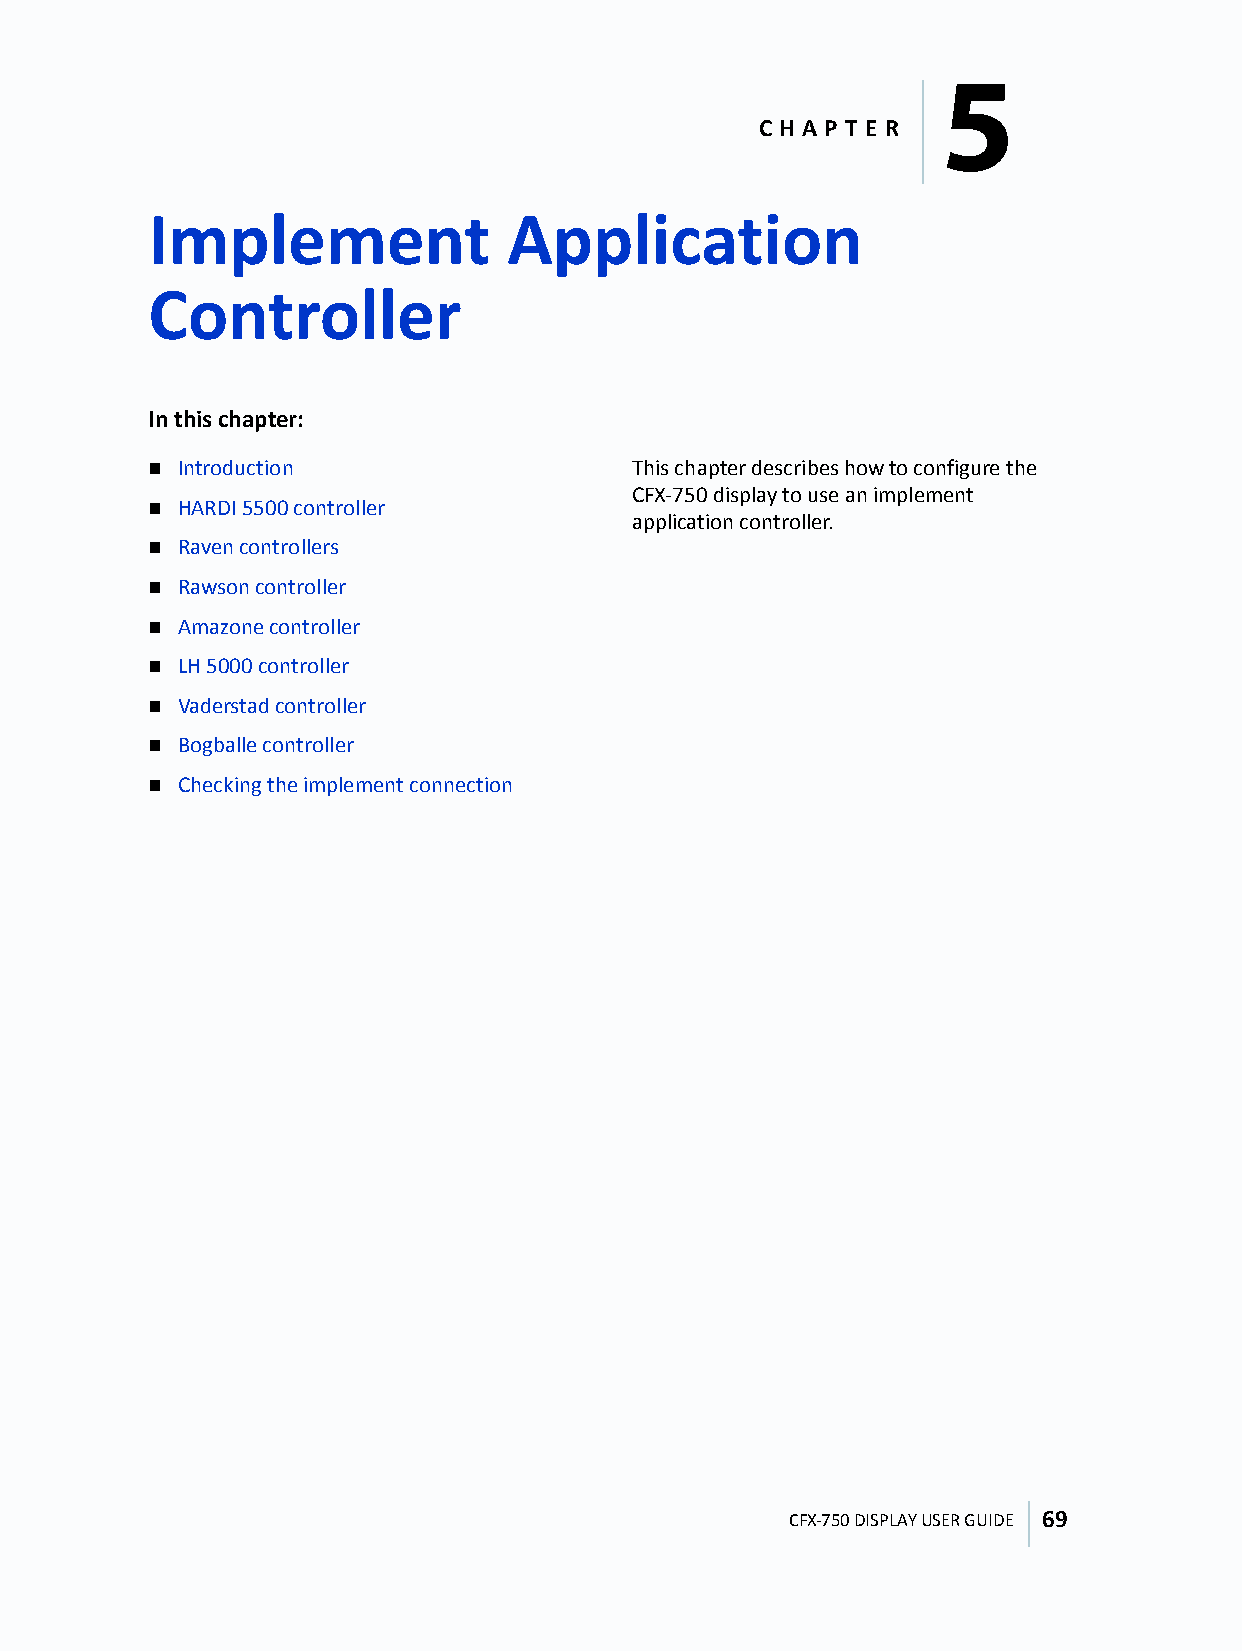
5
 C H A P T E R
 Implement               Application
 Controller
 5
 In this chapter:
  Introduction                  This chapter describes how to configure the
 CFX-750 display to use an implement
  HARDI 5500 controller
 application controller.
  Raven controllers
  Rawson controller
  Amazone controller
  LH 5000 controller
  Vaderstad controller
  Bogballe controller
  Checking the implement connection
 CFX-750 DISPLAY USER GUIDE 69